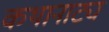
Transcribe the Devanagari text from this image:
कथानाट्य